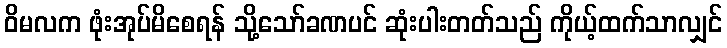
ဝိမလက ဖုံးအုပ်မိစေရန် သို့သော်ခဏပင် ဆုံးပါးတတ်သည် ကိုယ့်ထက်သာလျှင်